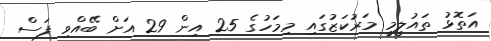
އަތޮޅު ތައުލީމީ މަރުކަޒުގައި މިމަހުގެ 25 އިން 29 އަށް ބޭއްވި ފަސް